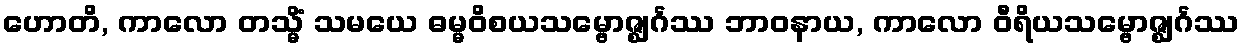
ဟောတိ, ကာလော တသ္မိံ သမယေ ဓမ္မဝိစယသမ္ဗောဇ္ဈင်္ဂဿ ဘာဝနာယ, ကာလော ဝီရိယသမ္ဗောဇ္ဈင်္ဂဿ